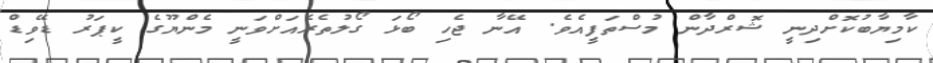
ކާމިޔާބުކޮށްދިނީ ޝޮރްދާން މުސްތަފީއެވެ. އޭނާ ޖެހި ބޯޅަ ގޯލުތެރެއަށްވަނީ މެންޔޫގެ ކީޕަރު ޑޭވިޑް